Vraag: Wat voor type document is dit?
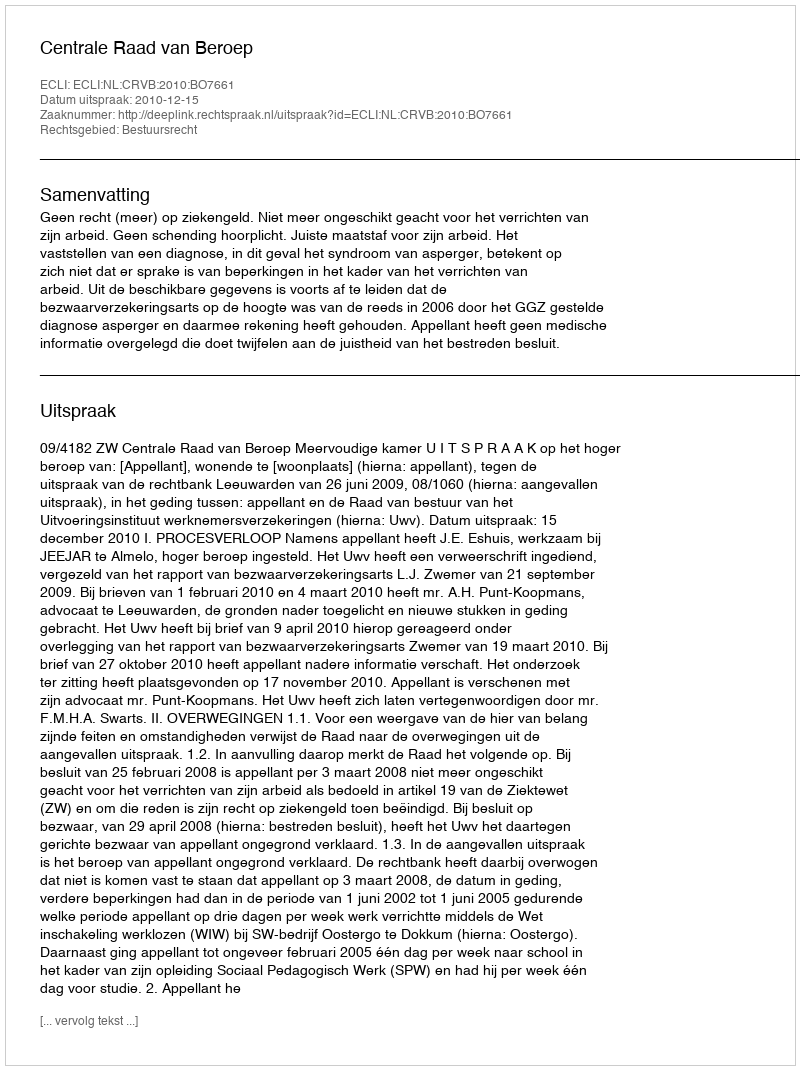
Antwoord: Uitspraak